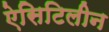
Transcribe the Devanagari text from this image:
ऐसिटिलीन